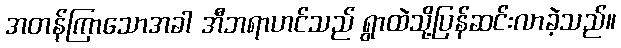
အတန်ကြာသောအခါ အီဘရာဟင်သည် ရွာထဲသို့ပြန်ဆင်းလာခဲ့သည်။